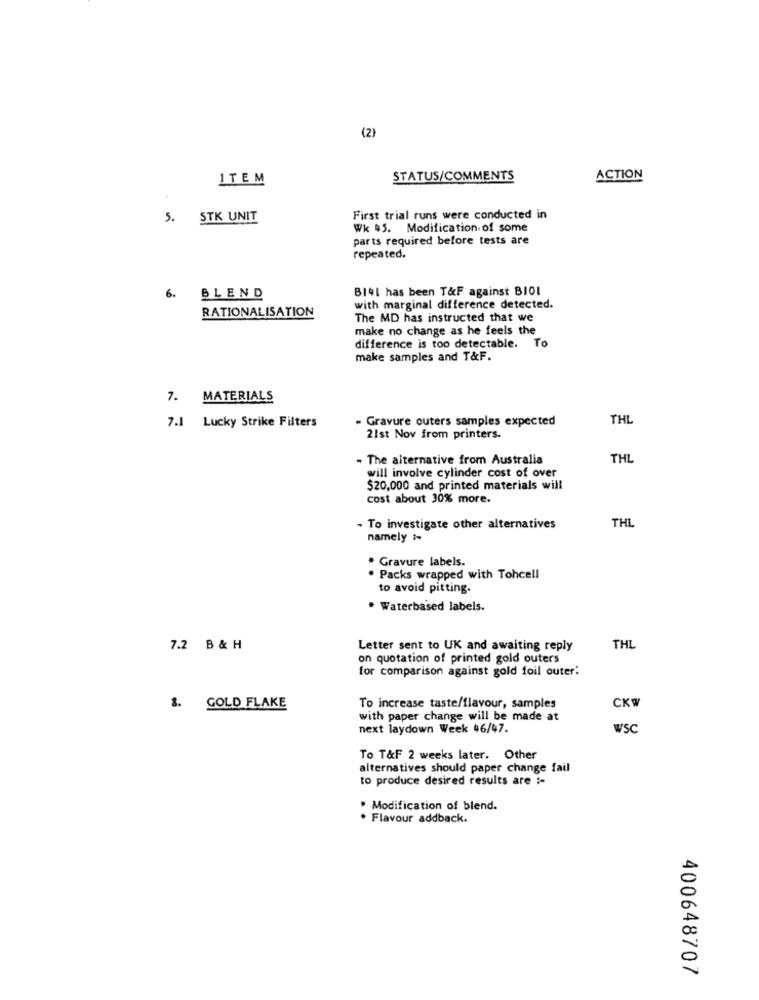
(2)
ITEM
STATUS/COMMENTS
ACTION
5. STK UNIT
First trial runs were conducted in
Wk 45. Modification of some
parts required before tests are
repeated.
6.
B14l has been T&F against BIO1
BLEND
RATIONALISATION
with marginal difference detected.
The MD has instructed that we
make no change as he feels the
difference is too detectable. To
make samples and T&F.
7. MATERIALS
7.1 Lucky Strike Filters
- Gravure outers samples expected
THL
21st Nov from printers.
- The alternative from Australia
THL
will involve cylinder cost of over
$20,000 and printed materials will
cost about 30% more.
- To investigate other alternatives
THL
namely 1
. Gravure labels.
. Packs wrapped with Tohcell
to avoid pitting.
* Waterbased labels.
7.2 B & H
Letter sent to UK and awaiting reply
THL
on quotation of printed gold outers
for comparison against gold foil outer:
CKW
3. GOLD FLAKE
To increase taste/flavour, samples
with paper change will be made at
next laydown Week 46/47.
WSc
To T&F 2 weeks later. Other
alternatives should paper change fail
to produce desired results are :-
· Modification of blend.
· Flavour addback.
400648707